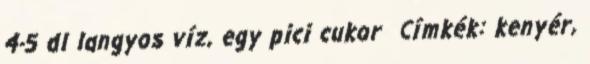
4-5 dl langyos víz, egy pici cukor Címkék: kenyér,